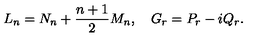
L _ { n } = N _ { n } + \frac { n + 1 } { 2 } M _ { n } , \quad G _ { r } = P _ { r } - i Q _ { r } .